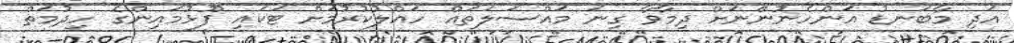
އަދި މާބަނޑު އަންހެނުންނަށް ދިމާވާ ގިނަ މައްސަލަތައް ހައްލުކުރުމަށް ޓަކައި ފޫޅުމައިންގެ ހިދުމަތް